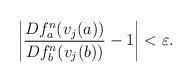
\begin{align*}\begin{aligned}\left|\frac {Df_{a}^{n}(v_j(a))}{Df_{b}^{n}(v_j(b))} -1 \right|<\varepsilon.\end{aligned}\end{align*}